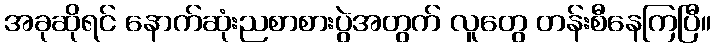
အခုဆိုရင် နောက်ဆုံးညစာစားပွဲအတွက် လူတွေ တန်းစီနေကြပြီ။